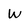
Character: W